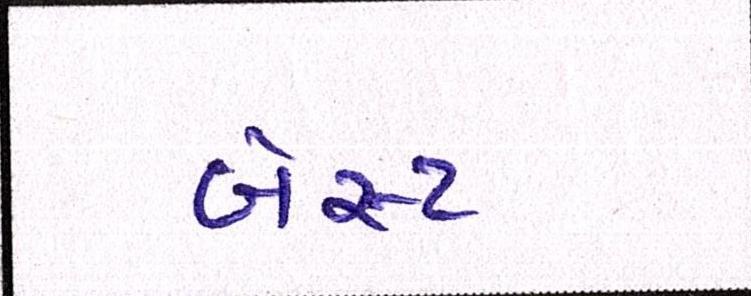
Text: બેસ્ટ